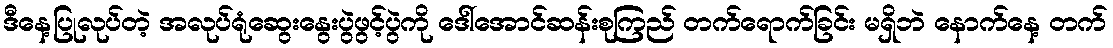
ဒီနေ့ပြုလုပ်တဲ့ အလုပ်ရုံဆွေးနွေးပွဲဖွင့်ပွဲကို ဒေါ်အောင်ဆန်းစုကြည် တက်ရောက်ခြင်း မရှိဘဲ နောက်နေ့ တက်